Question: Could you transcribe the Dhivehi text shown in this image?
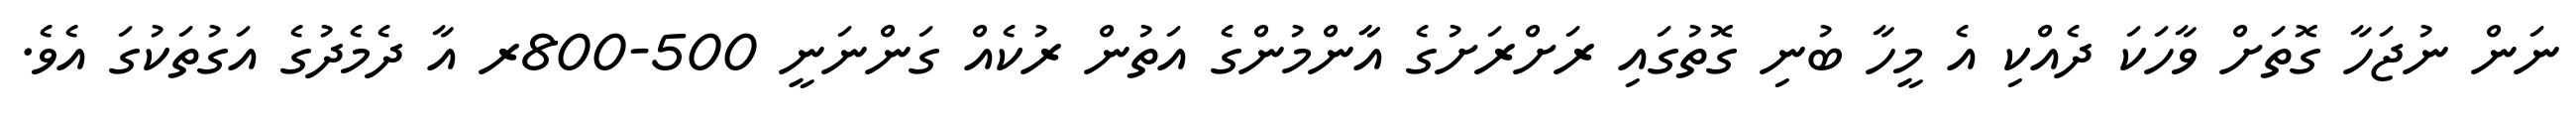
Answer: ނަން ނުޖަހާ ގޮތަށް ވާހަކަ ދެއްކި އެ މީހާ ބުނި ގޮތުގައި ރަށްރަށުގެ އާާންމުންގެ އަތުން ރުކެއް ގަންނަނީ 500-800ރ އާ ދެމެދުގެ އަގުތަކުގަ އެވެ.